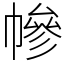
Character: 幓